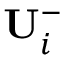
\mathbf { U } _ { i } ^ { - }